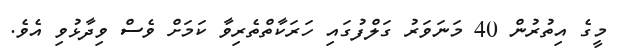
މީގެ އިތުރުން 40 މަނަވަރު ގަލްފުގައި ހަރަކާތްތެރިވާ ކަމަށް ވެސް ވިދާޅުވި އެވެ.